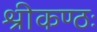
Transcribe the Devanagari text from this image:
श्रीकण्ठः